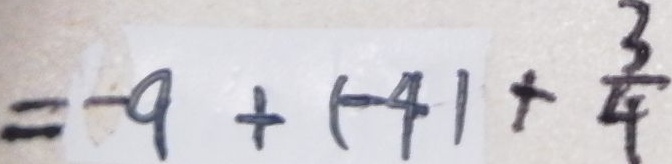
= - 9 + ( - 4 ) \times \frac { 3 } { 4 }